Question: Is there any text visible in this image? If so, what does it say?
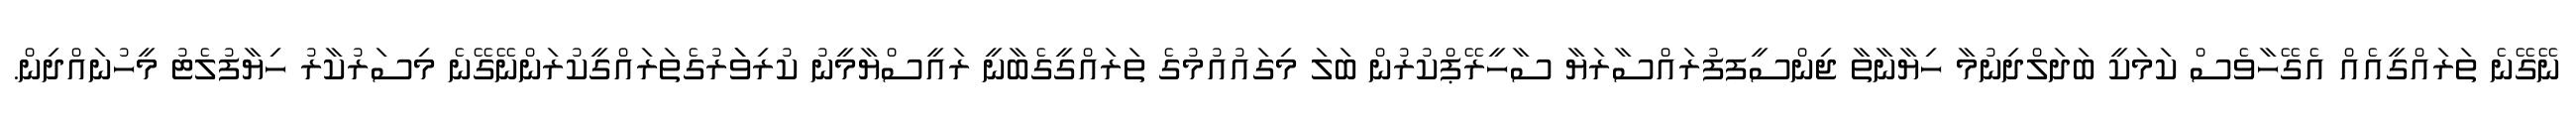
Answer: ނޭގޭނެ ތަރައްގީއެއް އެގޭހާވެސް ކަމަކީ ބަދަލްދިނުމާ ހިޔާނާތާ ޖިންސީފފުރައްސާރަޔާ ސާހީރޭޕްކުރުން ބަލަ މިގައުއުމުގެ ތަރައްގީގެބާނީ ރައީސްޔާމީނު ކުރިވަަރުގެތަރައްގީކުރަންނޭގޭނެ މިސަރުކާރު ހިޔާފުލެޓު މީހުނައްދިން.